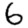
Digit: 6